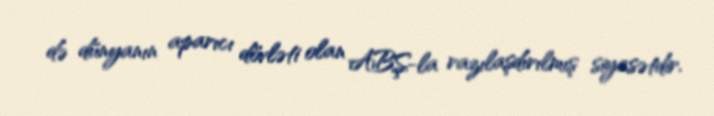
də dünyanın aparıcı dövləti olan ABŞ-la razılaşdırılmış siyasətdir.